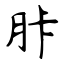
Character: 胩